画像に写った文字を読んでください
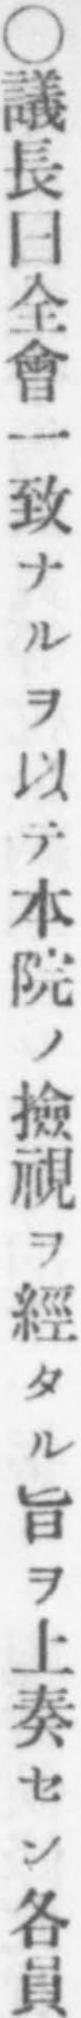
「○議長曰全會一致ナルヲ以テ本院ノ撿視ヲ經タル旨ヲ上奏セン各員」と書いてあります